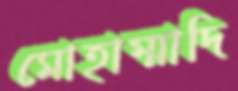
মোহাম্মাদি